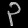
Digit: ၃